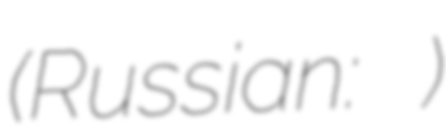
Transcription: (Russian: Краснома́йский)